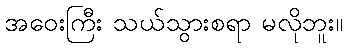
အဝေးကြီး သယ်သွားစရာ မလိုဘူး။